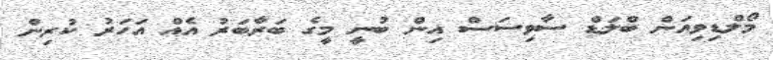
މޯލްޑިވިއަން ބްލަޑް ސާވިސަސް އިން ބުނީ މީގެ ބަރާބަރު އެއް އަހަރު ކުރިން